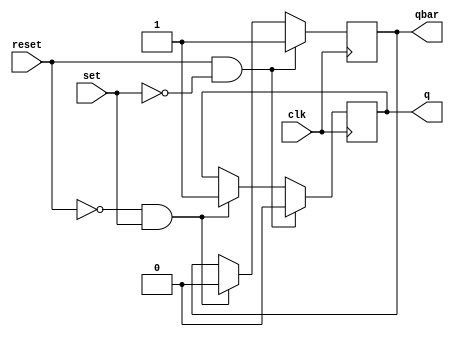
module sr_latch (
    input wire clk,
    input wire reset,
    input wire set,
    output reg q,
    output reg qbar
);

always @(posedge clk) begin
    if (reset && !set) begin
        q <= 1'b0;
        qbar <= 1'b1;
    end else if (!reset && set) begin
        q <= 1'b1;
        qbar <= 1'b0;
    end else begin
        q <= q;
        qbar <= qbar;
    end
end

endmodule